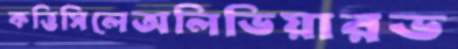
কত্তিসিলেঅলিভিয়ারভ